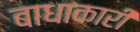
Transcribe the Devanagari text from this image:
बाधाकारी